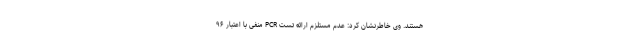
هستند. وی خاطرنشان کرد: عدم مستلزم ارائه تست PCR منفی با اعتبار ۹۶